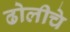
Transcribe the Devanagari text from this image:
ढोलीचे